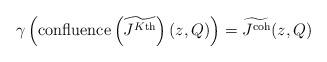
LaTeX: \begin{align*} \gamma \left( \textnormal{confluence}\left(\widetilde{J^{K\textnormal{th}}}\right)(z,Q) \right) = \widetilde{J^\textnormal{coh}}(z,Q) \end{align*}